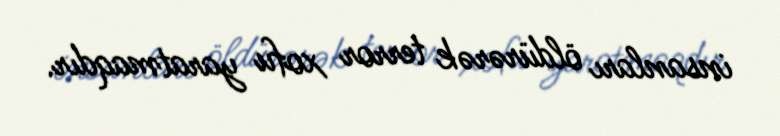
insanları öldürərək terror xofu yaratmaqdır.